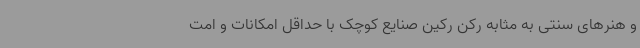
و هنرهای سنتی به مثابه رکن رکین صنایع کوچک با حداقل امکانات و امت